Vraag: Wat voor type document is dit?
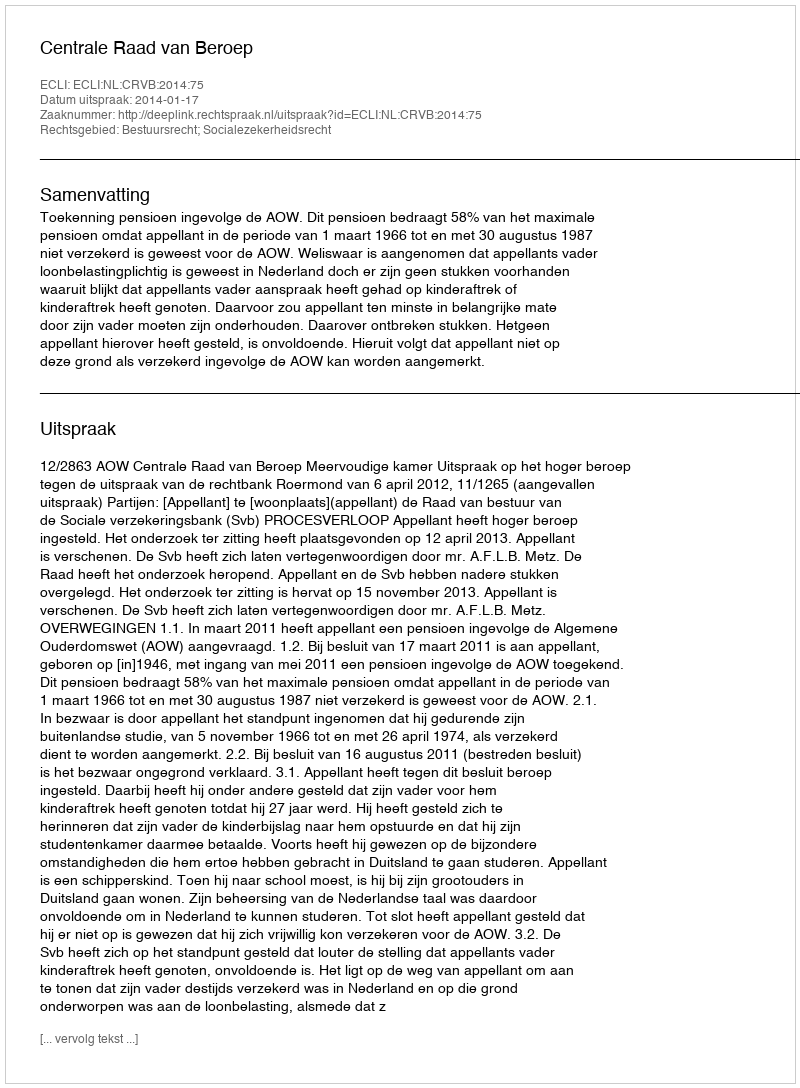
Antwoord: Uitspraak